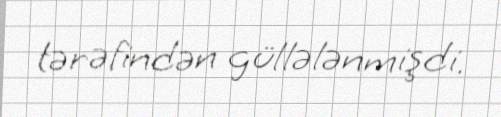
tərəfindən güllələnmişdi.